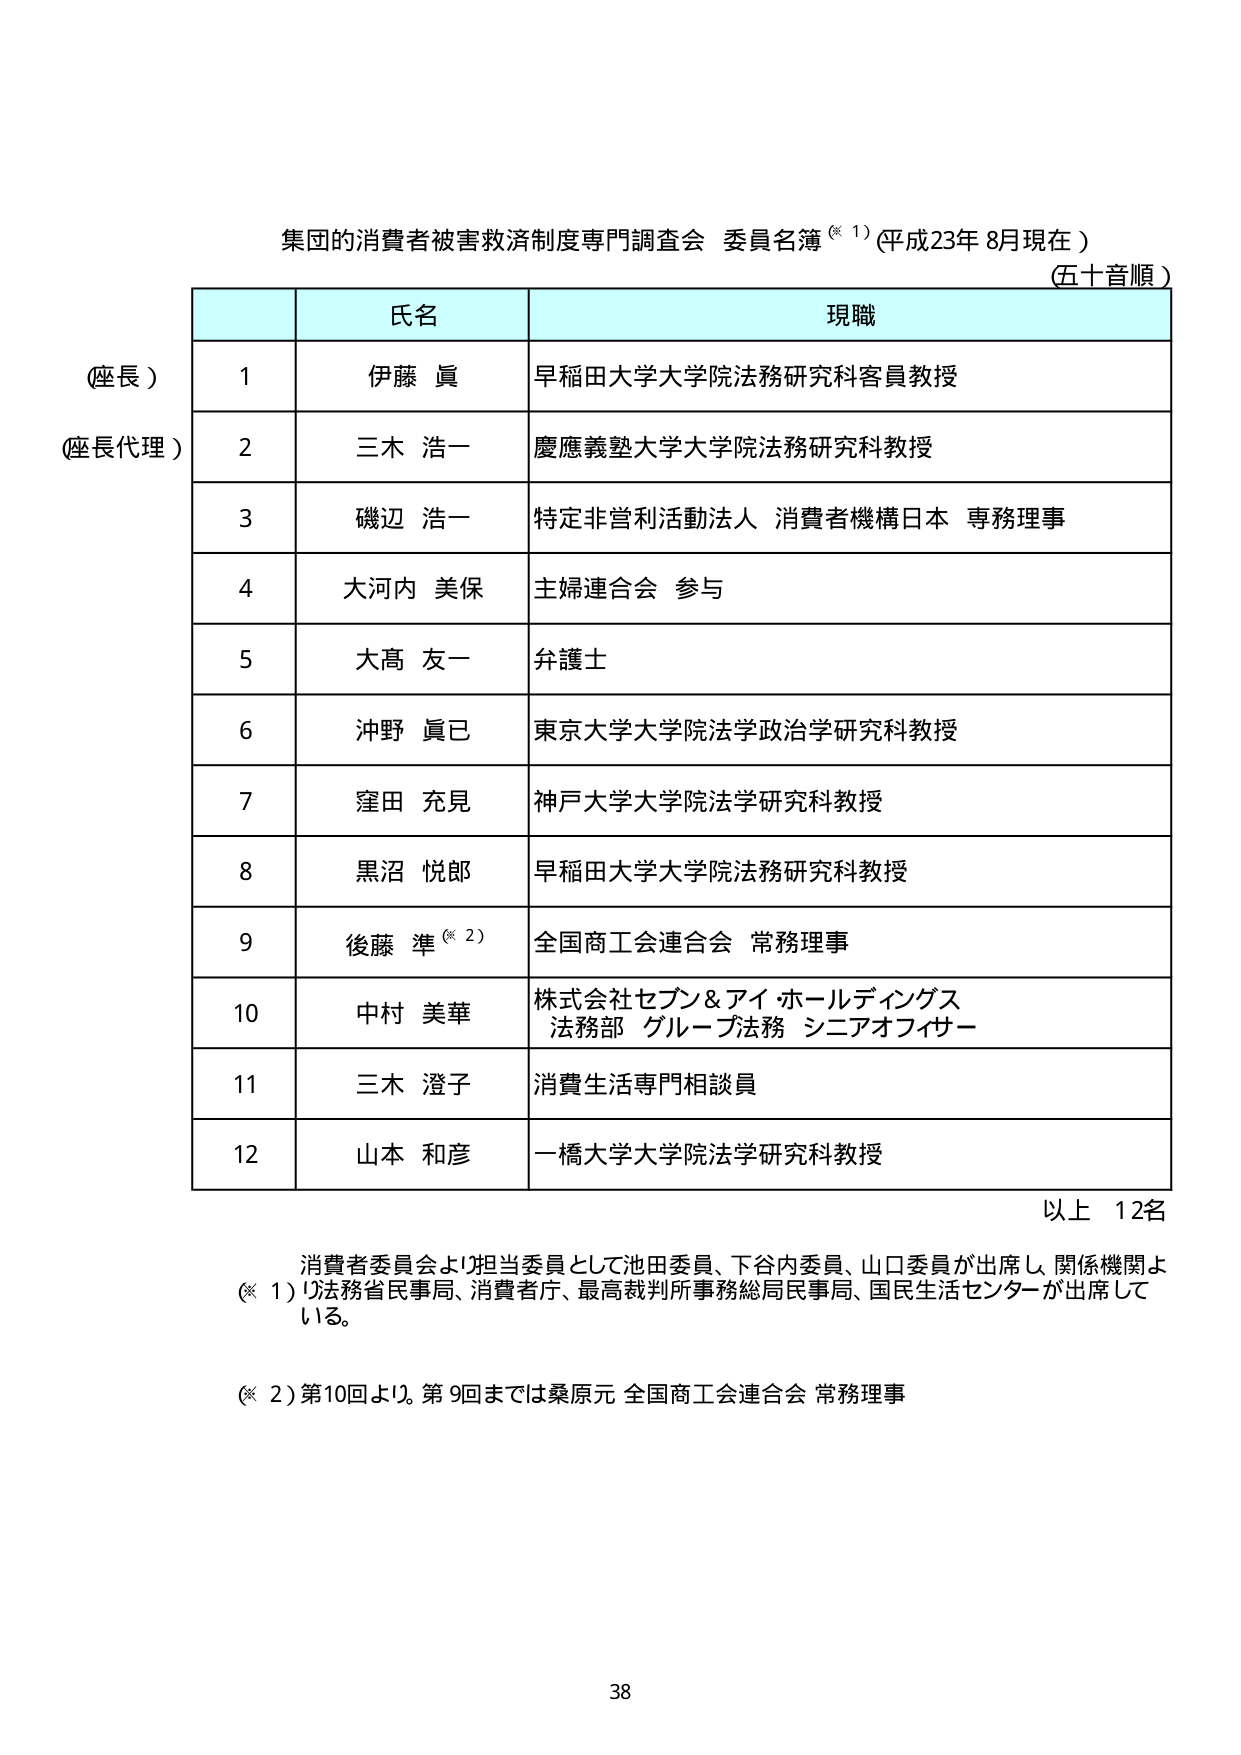
集団的消費者被害救済制度専門調査会 委員名簿（※1）（平成23年8月現在）
（五十音順）

氏名 現職

（座長）
1 伊藤 眞 早稲田大学大学院法務研究科客員教授

（座長代理）
2 三木 浩一 慶應義塾大学大学院法務研究科教授
3 磯辺 浩一 特定非営利活動法人 消費者機構日本 専務理事
4 大河内 美保 主婦連合会 参与
5 大髙 友一 弁護士
6 沖野 眞己 東京大学大学院法学政治学研究科教授
7 窪田 充見 神戸大学大学院法学研究科教授
8 黒沼 悦郎 早稲田大学大学院法務研究科教授
9 後藤 準（※2） 全国商工会連合会 常務理事
10 中村 美華 株式会社セブン＆アイ・ホールディングス
法務部 グループ法務 シニアオフィサー
11 三木 澄子 消費生活専門相談員
12 山本 和彦 一橋大学大学院法学研究科教授

以上 12名

消費者委員会より担当委員として池田委員、下谷内委員、山口委員が出席し、関係機関より
（※1）法務省民事局、消費者庁、最高裁判所事務総局民事局、国民生活センターが出席して
いる。

（※2）第10回より。第9回までは桑原元 全国商工会連合会 常務理事

38